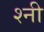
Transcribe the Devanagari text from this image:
श्नी